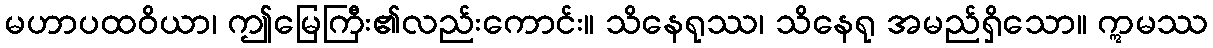
မဟာပထဝိယာ၊ ဤမြေကြီး၏လည်းကောင်း။ သိနေရုဿ၊ သိနေရု အမည်ရှိသော။ ဣမဿ